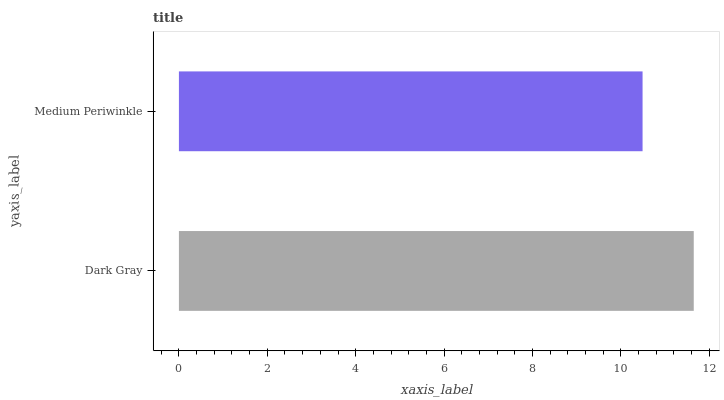
| yaxis_label | bars |
 | --- | --- |
 | Dark Gray | 11.6 |
 | Medium Periwinkle | 10.5 |